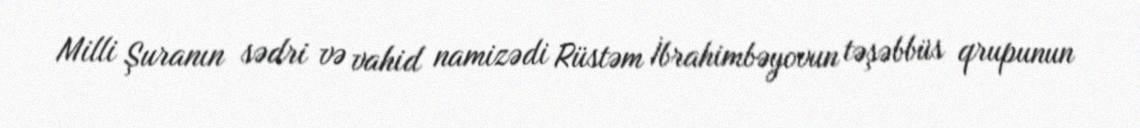
Milli Şuranın sədri və vahid namizədi Rüstəm İbrahimbəyovun təşəbbüs qrupunun